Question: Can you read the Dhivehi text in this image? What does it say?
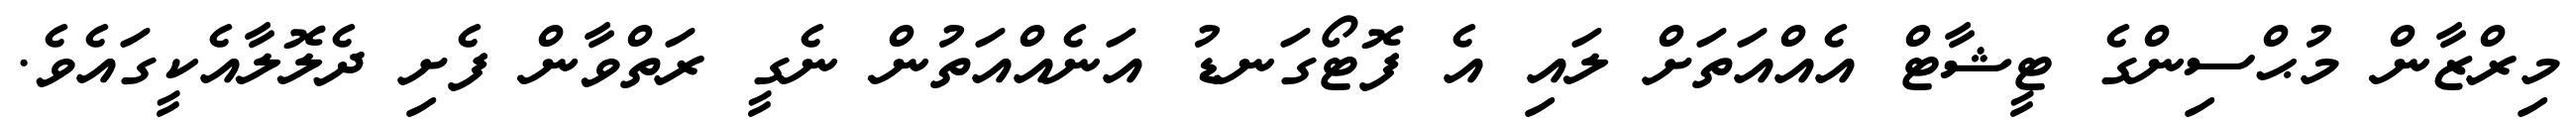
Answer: މިރްޒާން މުޙްސިންގެ ޓީޝާޓް އެއްއަތަށް ލައި އެ ފޮޓޯގަނޑު އަނެއްއަތުން ނެގީ ރަތްވާން ފެށި ދެލޮލާއެކީގައެވެ.